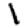
Digit: 1